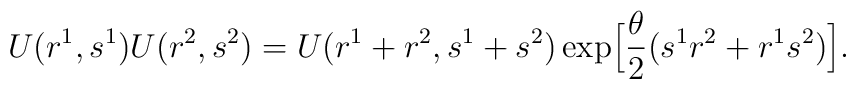
U(r^{1},s^{1})U(r^{2},s^{2}) =U(r^{1}+r^{2},s^{1}+s^{2})\exp\Bigl[\frac{\theta}{2}(s^{1}r^{2}+r^{1}s^{2})\Bigr].